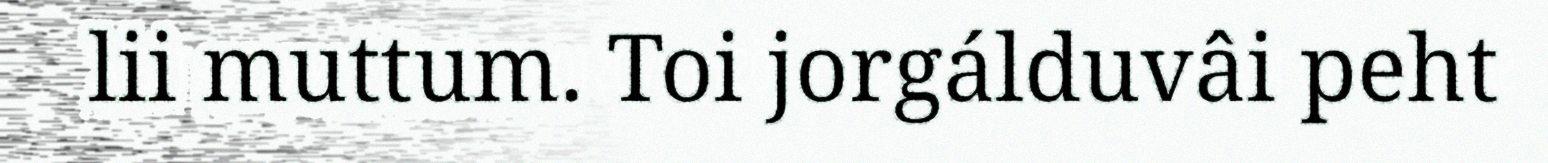
lii muttum. Toi jorgálduvâi peht